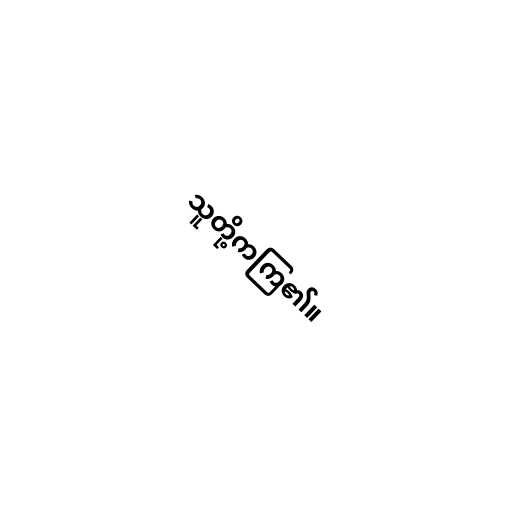
သူတို့ကကြ၏။